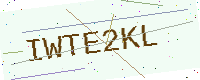
Text: IWTE2KL